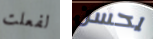
لفعلت يحسن